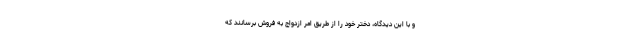
و با این دیدگاه، دختر خود را از طریق امر ازدواج به فروش برسانند که